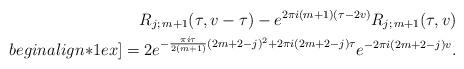
LaTeX: \begin{align*}R_{j;\,m+1}(\tau, v-\tau) - e^{2\pi i (m+1) (\tau-2v)} R_{j;\, m+1} (\tau, v)\\begin{align*}1ex] = 2 e^{-\frac{\pi i \tau}{2(m+1)} (2m+2-j)^2 + 2\pi i (2m+2-j)\tau} e^{-2\pi i (2m+2-j)v}.\end{align*}